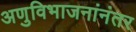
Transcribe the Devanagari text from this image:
अणुविभाजनांनंतर